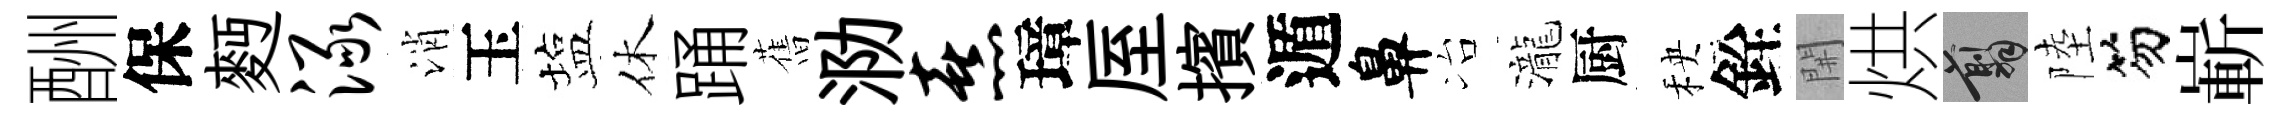
酬保麪渌消玉塩休踊𦾔泐熹璋厔擯遁鼻冶瀧厨秧銓𨳩烘翦陸笏嶄